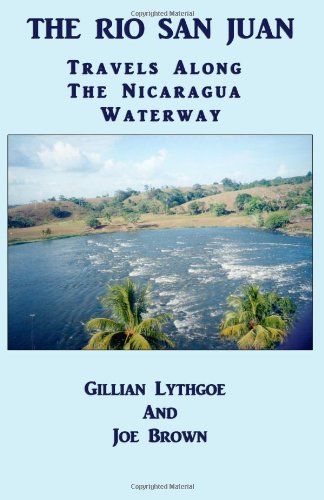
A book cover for The Rio San Juan: Travels Along The Nicaragua Waterway; Gillian Lythgoe; Travel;